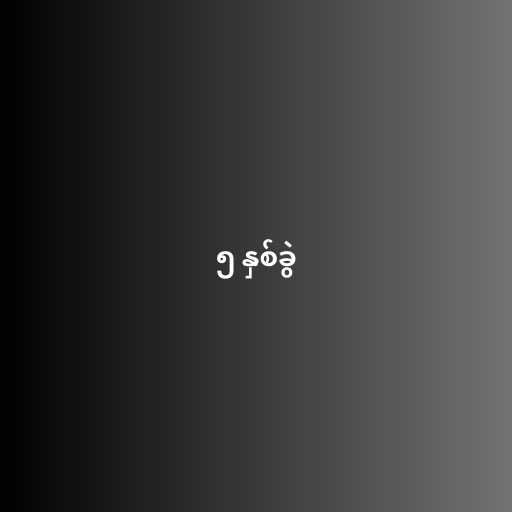
၅ နှစ်ခွဲ